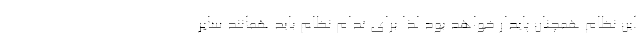
این نظام همچنان پایدار خواهد بود لذا برای تدام نظام باید همانند سایر